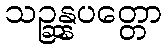
သဉ္ဆန္နပတ္တော